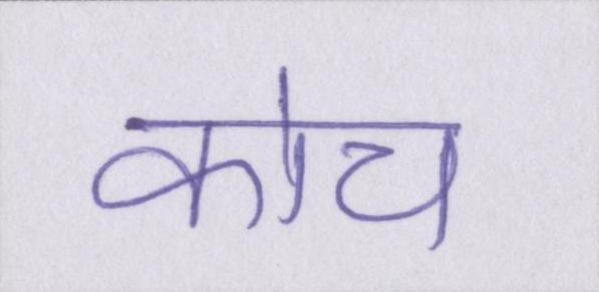
कोच